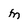
Character: M